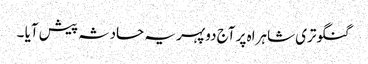
گنگوتری شاہراہ پر آج دوپہر یہ حادثہ پیش آیا ۔